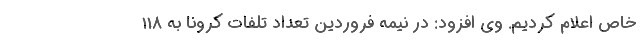
خاص اعلام کردیم. وی افزود: در نیمه فروردین تعداد تلفات کرونا به 118